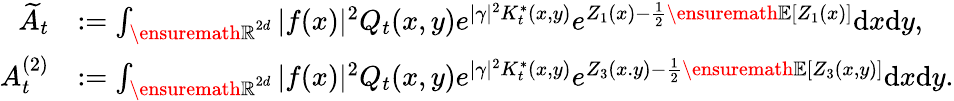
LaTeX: \begin{array}{rl}{\widetilde A_{t}}&{:=\int_{{\ensuremath{\mathbb R}}^{2d}}|f(x)|^{2}Q_{t}(x,y)e^{|\gamma|^{2}K_{t}^{*}(x,y)}e^{Z_{1}(x)-\frac{1}{2}{\ensuremath{\mathbb E}}[Z_{1}(x)]}\mathrm{d}x\mathrm{d}y,}\\ {A_{t}^{(2)}}&{:=\int_{{\ensuremath{\mathbb R}}^{2d}}|f(x)|^{2}Q_{t}(x,y)e^{|\gamma|^{2}K_{t}^{*}(x,y)}e^{Z_{3}(x.y)-\frac{1}{2}{\ensuremath{\mathbb E}}[Z_{3}(x,y)]}\mathrm{d}x\mathrm{d}y.}\end{array}